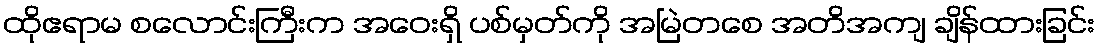
ထိုဧရာမ စလောင်းကြီးက အဝေးရှိ ပစ်မှတ်ကို အမြဲတစေ အတိအကျ ချိန်ထားခြင်း